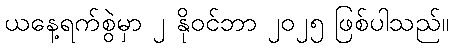
ယနေ့ရက်စွဲမှာ ၂ နိုဝင်ဘာ ၂၀၂၅ ဖြစ်ပါသည်။